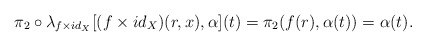
\begin{align*} \pi_{2}\circ \lambda_{f\times id_{X}}[ (f\times id_{X})(r,x),\alpha] (t) =\pi_{2}(f(r),\alpha(t)) = \alpha(t).\end{align*}